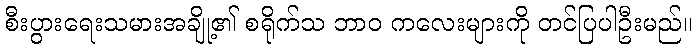
စီးပွားရေးသမားအချို့၏ စရိုက်သ ဘာဝ ကလေးများကို တင်ပြပါဦးမည်။